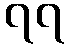
၇၇